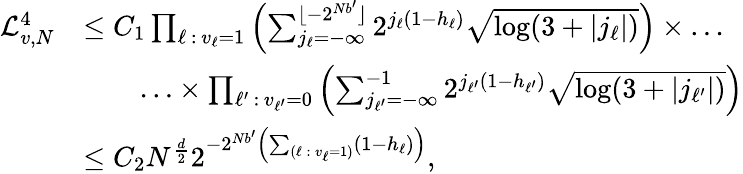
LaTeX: \begin{array}{rl}{\mathcal{L}_{v,N}^{4}}&{\leq C_{1}\prod_{\ell\, :\, v_{\ell}=1}\left(\sum_{j_{\ell}=-\infty}^{\lfloor-2^{Nb^{\prime}}\rfloor}2^{j_{\ell}(1-h_{\ell})}\sqrt{\log(3+|j_{\ell}|)}\right)\times\ldots}\\ &{\qquad\ldots\times\prod_{\ell^{\prime}\, :\, v_{\ell^{\prime}}=0}\left(\sum_{j_{\ell^{\prime}}=-\infty}^{-1}2^{j_{\ell^{\prime}}(1-h_{\ell^{\prime}})}\sqrt{\log(3+|j_{\ell^{\prime}}|)}\right)}\\ &{\leq C_{2}N^{\frac{d}{2}}2^{-2^{Nb^{\prime}}\left(\sum_{(\ell\, :\, v_{\ell}=1)}(1-h_{\ell})\right)},}\end{array}